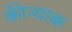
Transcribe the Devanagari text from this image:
कीन्याक